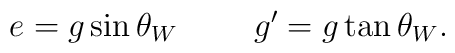
e=g \sin \theta _W~~~~~~~g^{\prime}=g \tan \theta_W.